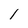
Character: 1